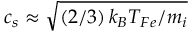
c _ { s } \approx \sqrt { \left( 2 / 3 \right) k _ { B } T _ { F e } / { m _ { i } } }